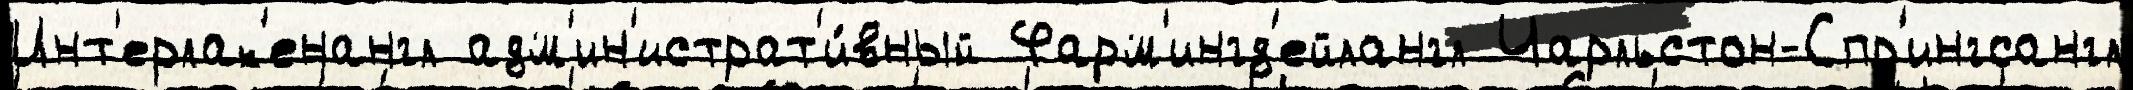
Инт'ерлак'енангл адм'ин'истрат'и́вный Фарм'ингд'ейлангл Чарльстон-Спр'ингсангл